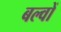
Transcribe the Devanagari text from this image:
बल्वों